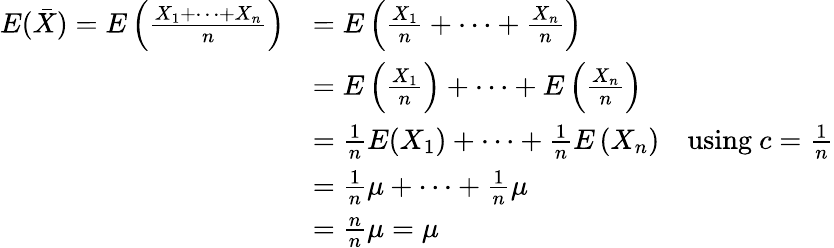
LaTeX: \begin{array}{rlr}{E(\bar{X})=E\left(\frac{X_{1}+\cdots+X_{n}}{n}\right)}&{=E\left(\frac{X_{1}}{n}+\cdots+\frac{X_{n}}{n}\right)}\\ &{=E\left(\frac{X_{1}}{n}\right)+\cdots+E\left(\frac{X_{n}}{n}\right)}\\ &{=\frac{1}{n}E(X_{1})+\cdots+\frac{1}{n}E\left(X_{n}\right)}&{\mathrm{using~}c=\frac 1n}\\ &{=\frac{1}{n}\mu+\cdots+\frac{1}{n}\mu}\\ &{=\frac{n}{n}\mu=\mu}\end{array}